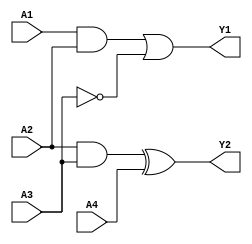
module combinational_logic_block (
    input wire A1,
    input wire A2,
    input wire A3,
    input wire A4,
    output wire Y1,
    output wire Y2
);

// Group 1: Logic function using A1, A2, A3
// Example: Y1 = (A1 AND A2) OR (NOT A3)
wire group1_output;
assign group1_output = (A1 & A2) | (~A3);

// Group 2: Logic function using A2, A3, A4
// Example: Y2 = (A2 AND A3) XOR A4
wire group2_output;
assign group2_output = (A2 & A3) ^ A4;

// Final outputs
assign Y1 = group1_output; // Output from Group 1
assign Y2 = group2_output; // Output from Group 2

endmodule